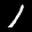
Label: 1